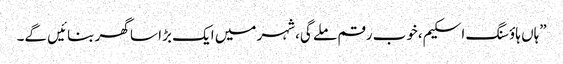
”ہاں ہاؤسنگ اسکیم،خوب رقم ملے گی،شہر میں ایک بڑا سا گھر بنائیں گے۔